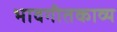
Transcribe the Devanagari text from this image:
भावगीतकाव्य